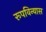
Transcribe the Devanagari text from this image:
रूपविन्यास